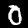
Digit: 0